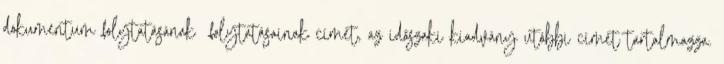
dokumentum folytatásának folytatásainak címét, az időszaki kiadvány utóbbi címét tartalmazza.